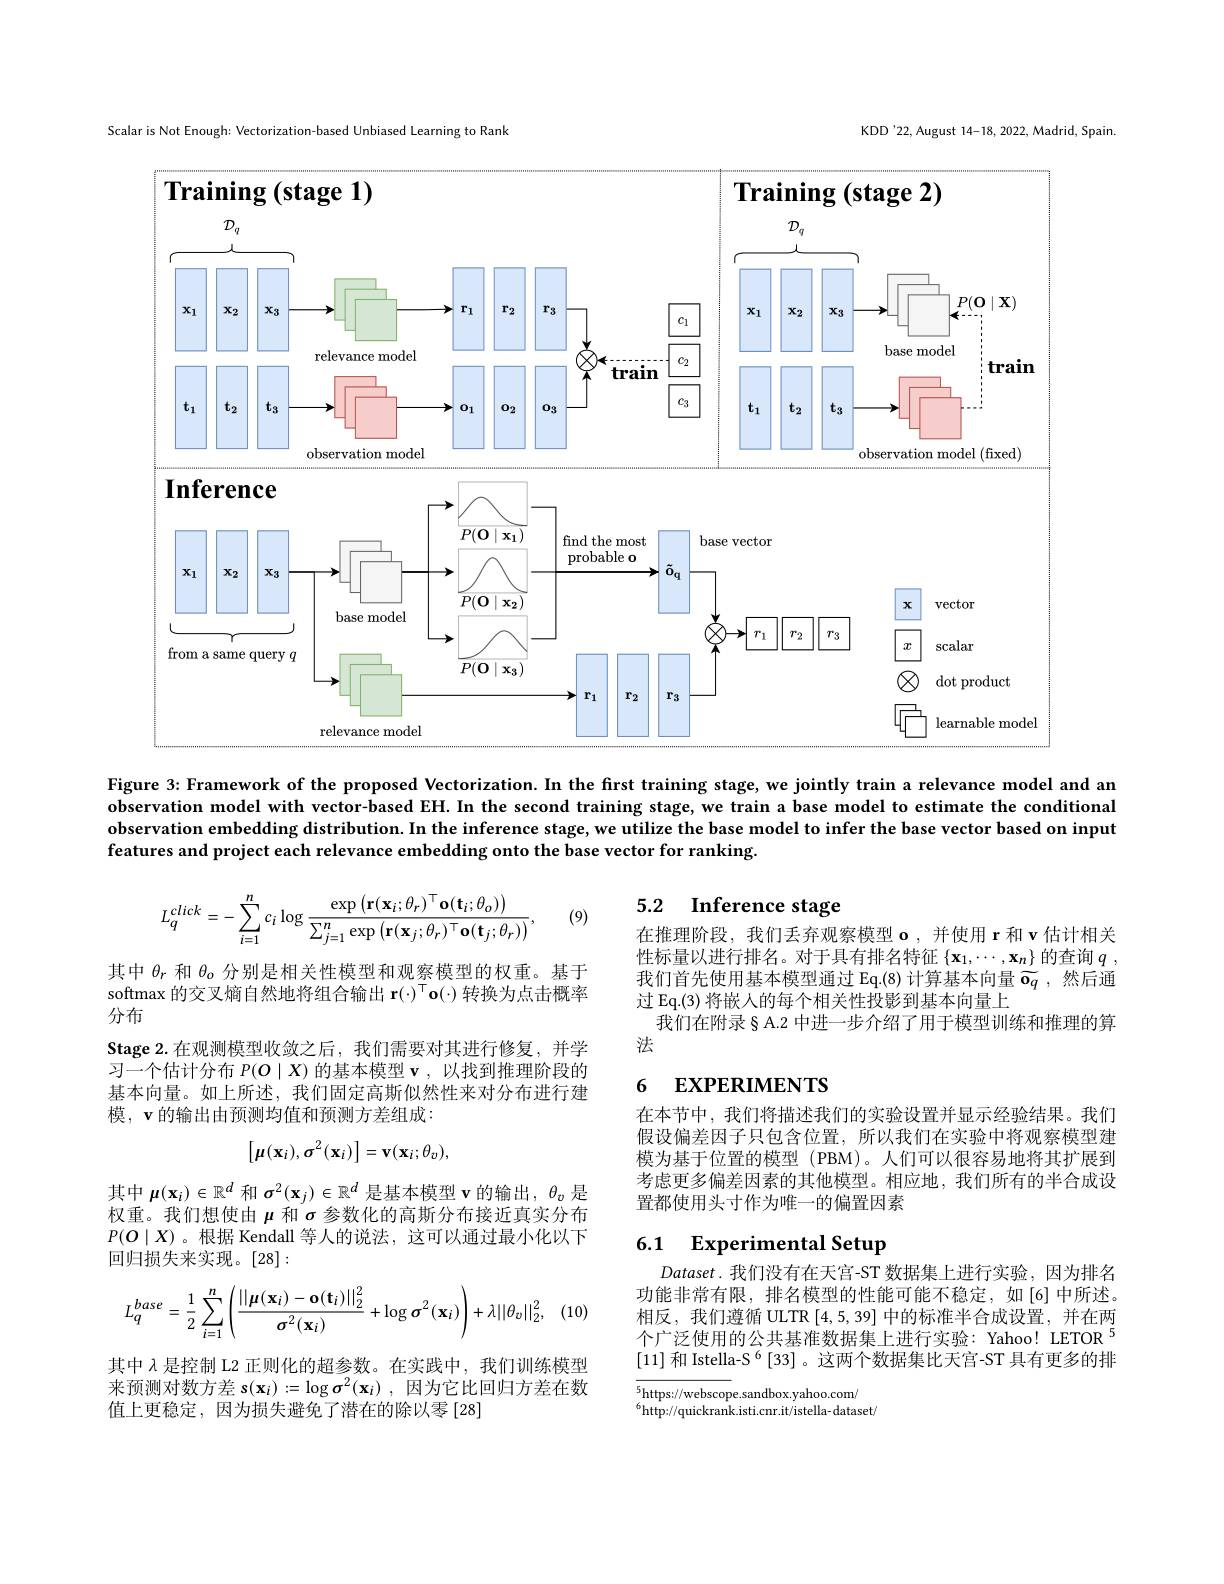
KDD'22, August 14-18, 2022, Madrid, Spain.

Scalar is Not Enough: Vectorization-based Unbiased Learning to Rank

<FigureHere>

Figure 3: Framework of the proposed Vectorization. In the first training stage, we jointly train a relevance model and an observation model with vector-based EH. In the second training stage, we train a base model to estimate the conditional observation embedding distribution. In the inference stage, we utilize the base model to infer the base vector based on input features and project each relevance embedding onto the base vector for ranking.

## 5.2 $\textbf{Inference stage}$

(9)
$$L_q^{click}=-\sum_{i=1}^nc_i\log\frac{\exp\left(\mathbf{r}(\mathbf{x}_i;\theta_r)^\top\mathbf{o}(\mathbf{t}_i;\theta_o)\right)}{\sum_{j=1}^n\exp\left(\mathbf{r}(\mathbf{x}_j;\theta_r)^\top\mathbf{o}(\mathbf{t}_j;\theta_r)\right)},$$
在推理阶段，我们丢弃观察模型$\mathbf{o}$,并使用 r 和$\mathbf{v}$估计相关性标量以进行排名。对于具有排名特征$\{\mathbf{x}_1,\cdots,\mathbf{x}_n\}$的查询$q$ . 我们首先使用基本模型通过 Eq.(8) 计算基本向量$\widetilde{\mathbf{o}}_q$ ,然后通过 Eq.(3) 将嵌人的每个相关性投影到基本向量上
我们在附录§ A.2 中进一步介绍了用于模型训练和推理的算
法

其中$\theta_r$和$\theta_\mathrm{o}$分别是相关性模型和观察模型的权重。基于softmax 的交叉熵自然地将组合输出$\mathbf{r}(\cdot)^{\top}\mathbf{o}(\cdot)$转换为点击概率分布
Stage 2.在观测模型收敛之后，我们需要对其进行修复，并学习一个估计分布$P(O\mid X)$的基本模型$\mathbf{v}$,以找到推理阶段的基本向量。如上所述，我们固定高斯似然性来对分布进行建模，$\mathbf{v}$的输出由预测均值和预测方差组成：

## 6 EXPERIMENTS
$$\begin{bmatrix}\mu(\mathbf{x}_i),\sigma^2(\mathbf{x}_i)\end{bmatrix}=\mathbf{v}(\mathbf{x}_i;\theta_v),$$
在本节中，我们将描述我们的实验设置并显示经验结果。我们假设偏差因子只包含位置，所以我们在实验中将观察模型建模为基于位置的模型(PBM)。人们可以很容易地将其扩展到考虑更多偏差因素的其他模型。相应地，我们所有的半合成设置都使用头寸作为唯一的偏置因素

其中$\mu(\mathbf{x}_i)\in\mathbb{R}^d$和$\sigma^2(\mathbf{x}_j)\in\mathbb{R}^d$是基本模型 v 的输出，$\theta_v$是权重。我们想使由$\mu$和$\sigma$参数化的高斯分布接近真实分布$P(O\mid X)$ 。根据 Kendall 等人的说法，这可以通过最小化以下回归损失来实现。[28]:

# 6.1 Experimental Setup
$$L_{q}^{base}=\frac{1}{2}\sum_{i=1}^{n}\left(\frac{||\mu(\mathbf{x}_{i})-\mathbf{o}(\mathbf{t}_{i})||_{2}^{2}}{\sigma^{2}(\mathbf{x}_{i})}+\log\sigma^{2}(\mathbf{x}_{i})\right)+\lambda||\theta_{v}||_{2}^{2},$$
$i$, (10)

$Dataset.$我们没有在天宫-ST 数据集上进行实验，因为排名功能非常有限，排名模型的性能可能不稳定，如[6]中所述。相反，我们遵循 ULTR [4,5,39]中的标准半合成设置，并在两个广泛使用的公共基准数据集上进行实验：Yahoo! LETOR $^{5}$ [11] 和 Istella-S $^{6}$ [33] 。这两个数据集比天宫-ST 具有更多的排

其中$\lambda$是控制 L2 正则化的超参数。在实践中，我们训练模型来预测对数方差$\mathbf{s}(\mathbf{x}_i):=\log\boldsymbol{\sigma}^2(\mathbf{x}_i)$,因为它比回归方差在数值上更稳定，因为损失避免了潜在的除以零[28]

$\overline{5\text{https://webscope.sandbox.yahoo.com/}}$
$^{6}$http://quickrank.isti.cnr.it/istella-dataset/